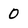
Character: 0